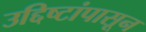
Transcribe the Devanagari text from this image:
उद्दिष्टांपासून